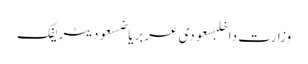
وزارت داخلہسعودی عربریاضسعودیٹریفک